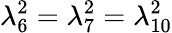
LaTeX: \lambda_{6}^{2}=\lambda_{7}^{2}=\lambda_{10}^{2}